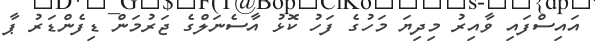
އައިސްފައި ވާއިރު މިދިޔަ މަހުގެ ފަހު ކޮޅު އާސެނަލްގެ ޖަރުމަން ޑިފެންޑަރު ޕާ